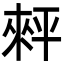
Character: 𢆠